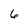
Character: 6